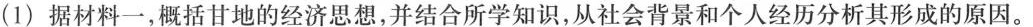
(1)据材料一，概括甘地的经济思想，并结合所学知识，从社会背景和个人经历分析其形成的原因。